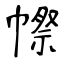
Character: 㡜